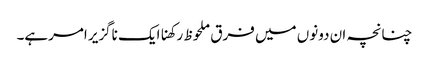
چنانچہ ان دونوں میں فرق ملحوظ رکھناایک ناگزیر امرہے۔